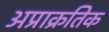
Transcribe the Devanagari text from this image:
अप्राक्रतिक